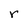
Character: r